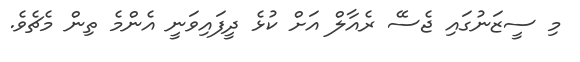
މި ސީޒަނުގައި ޖެސޭ ރެއާލް އަށް ކުޅެ ދީފައިވަނީ އެންމެ ތިން މެޗެވެ.